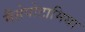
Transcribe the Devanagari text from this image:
मैसेपोटामिया